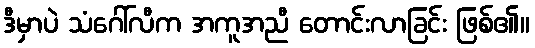
ဒီမှာပဲ သံဂေါ်လီက အကူအညီ တောင်းလာခြင်း ဖြစ်၏။